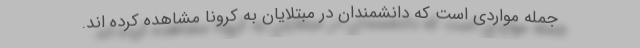
جمله مواردی است که دانشمندان در مبتلایان به کرونا مشاهده کرده اند.